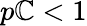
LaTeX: p\mathbb{C}<1